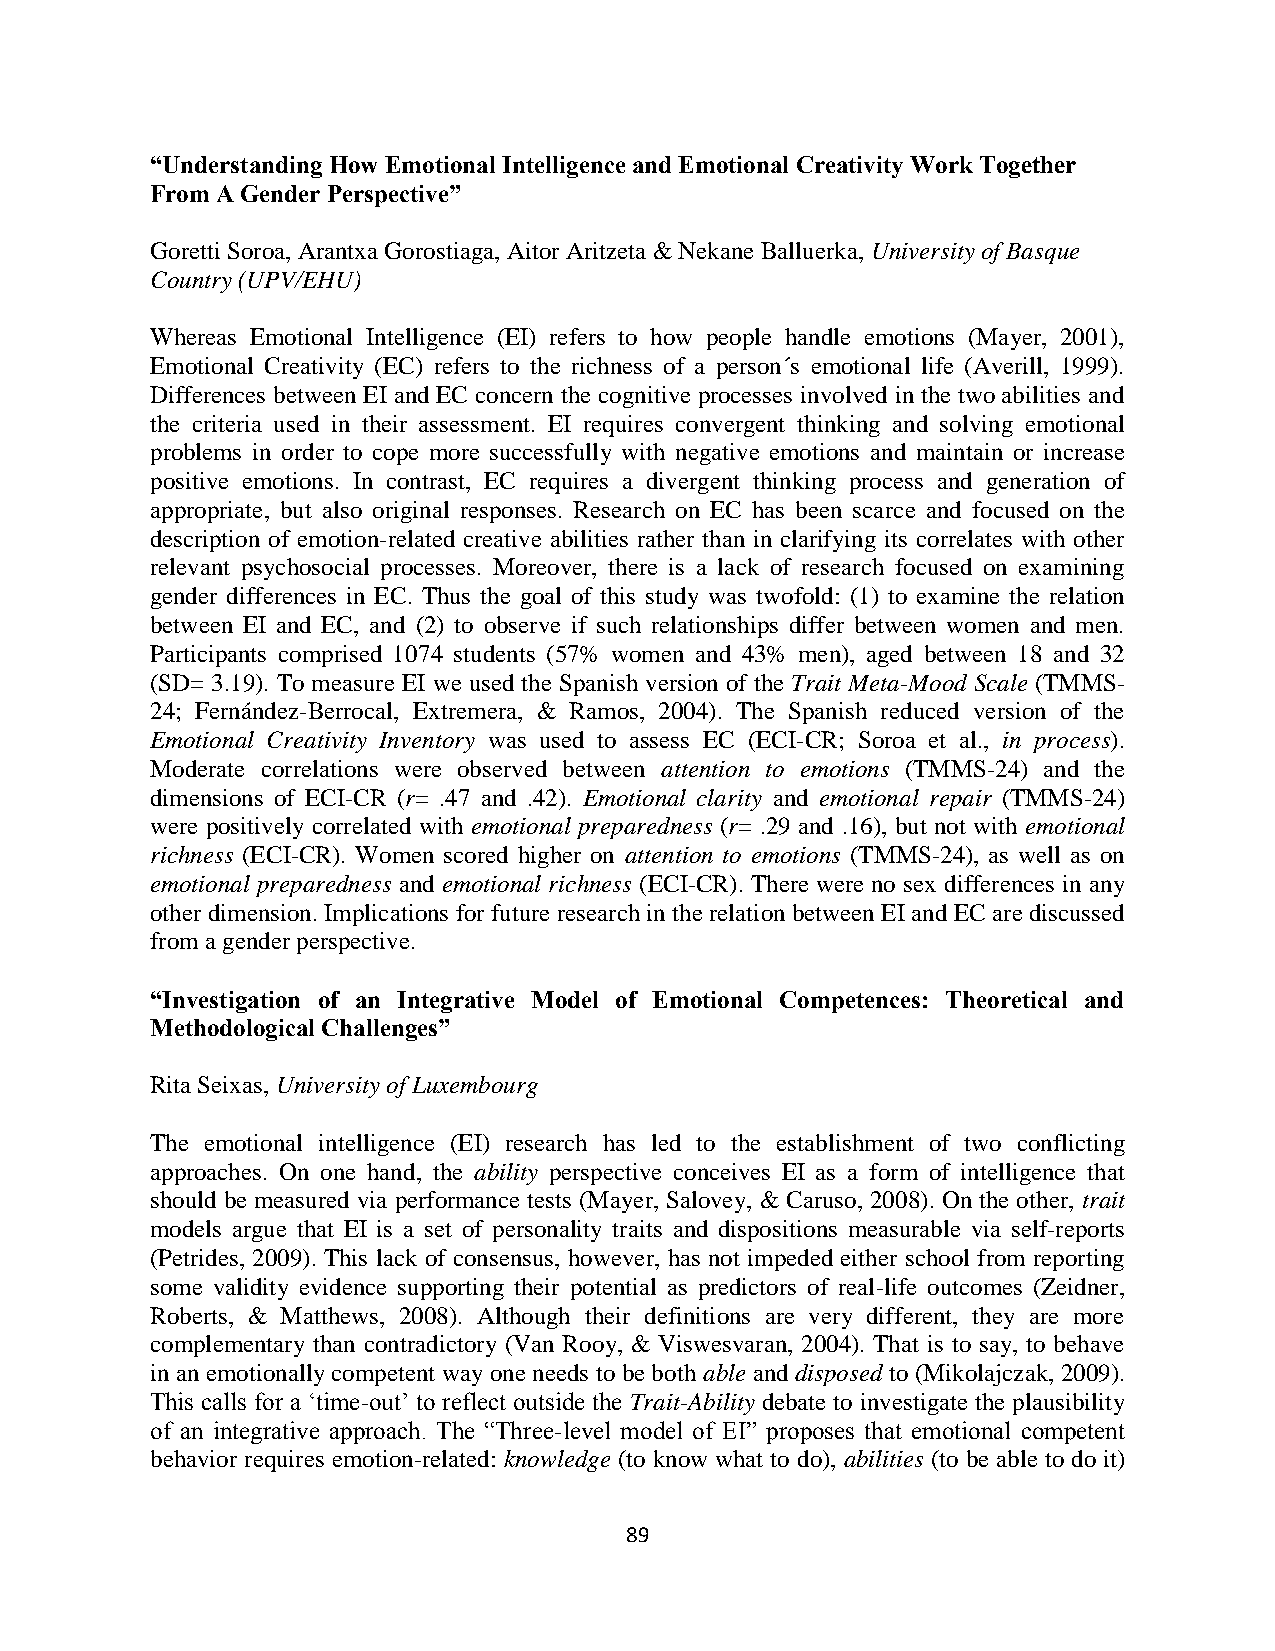
“Understanding How Emotional Intelligence and Emotional Creativity Work Together
 From A Gender Perspective”
 Goretti Soroa, Arantxa Gorostiaga, Aitor Aritzeta & Nekane Balluerka, University of Basque
 Country (UPV/EHU)
 Whereas Emotional Intelligence (EI) refers to how people handle emotions (Mayer, 2001),
 Emotional Creativity (EC) refers to the richness of a person´s emotional life (Averill, 1999).
 Differences between EI and EC concern the cognitive processes involved in the two abilities and
 the criteria used in their assessment. EI requires convergent thinking and solving emotional
 problems in order to cope more successfully with negative emotions and maintain or increase
 positive emotions. In contrast, EC requires a divergent thinking process and generation of
 appropriate, but also original responses. Research on EC has been scarce and focused on the
 description of emotion-related creative abilities rather than in clarifying its correlates with other
 relevant psychosocial processes. Moreover, there is a lack of research focused on examining
 gender differences in EC. Thus the goal of this study was twofold: (1) to examine the relation
 between EI and EC, and (2) to observe if such relationships differ between women and men.
 Participants comprised 1074 students (57% women and 43% men), aged between 18 and 32
 (SD= 3.19). To measure EI we used the Spanish version of the Trait Meta-Mood Scale (TMMS-
 24; Fernández-Berrocal, Extremera, & Ramos, 2004). The Spanish reduced version of the
 Emotional Creativity Inventory was used to assess EC (ECI-CR; Soroa et al., in process).
 Moderate correlations were observed between attention to emotions (TMMS-24) and the
 dimensions of ECI-CR (r= .47 and .42). Emotional clarity and emotional repair (TMMS-24)
 were positively correlated with emotional preparedness (r= .29 and .16), but not with emotional
 richness (ECI-CR). Women scored higher on attention to emotions (TMMS-24), as well as on
 emotional preparedness and emotional richness (ECI-CR). There were no sex differences in any
 other dimension. Implications for future research in the relation between EI and EC are discussed
 from a gender perspective.
 “Investigation of an Integrative Model of Emotional Competences: Theoretical and
 Methodological Challenges”
 Rita Seixas, University of Luxembourg
 The emotional intelligence (EI) research has led to the establishment of two conflicting
 approaches. On one hand, the ability perspective conceives EI as a form of intelligence that
 should be measured via performance tests (Mayer, Salovey, & Caruso, 2008). On the other, trait
 models argue that EI is a set of personality traits and dispositions measurable via self-reports
 (Petrides, 2009). This lack of consensus, however, has not impeded either school from reporting
 some validity evidence supporting their potential as predictors of real-life outcomes (Zeidner,
 Roberts, & Matthews, 2008). Although their definitions are very different, they are more
 complementary than contradictory (Van Rooy, & Viswesvaran, 2004). That is to say, to behave
 in an emotionally competent way one needs to be both able and disposed to (Mikolajczak, 2009).
 This calls for a ‘time-out’ to reflect outside the Trait-Ability debate to investigate the plausibility
 of an integrative approach. The “Three-level model of EI” proposes that emotional competent
 behavior requires emotion-related: knowledge (to know what to do), abilities (to be able to do it)
 89